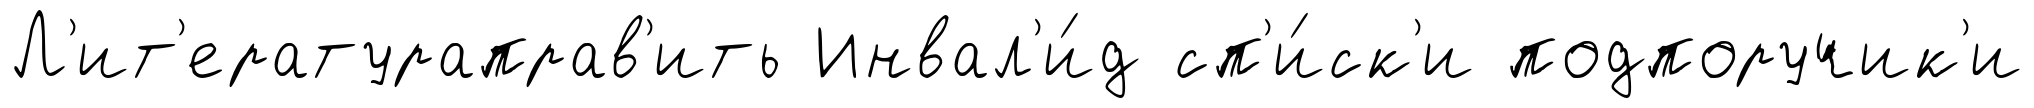
Л'ит'ератураправ'ить Инвал'и́д сп'и́ск'и подпоручик'и